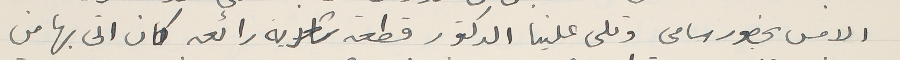
الامس بحضور سامى وتلى علينا الدكتور قطعه شعريه رائعه كان اتى بها من